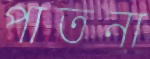
পাতনা